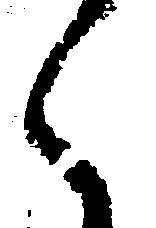
く